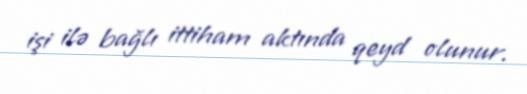
işi ilə bağlı ittiham aktında qeyd olunur.